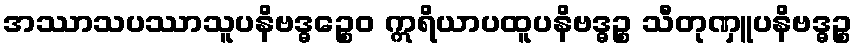
အဿာသပဿာသူပနိဗဒ္ဓဉ္စေဝ ဣရိယာပထူပနိဗဒ္ဓဉ္စ သီတုဏှူပနိဗဒ္ဓဉ္စ